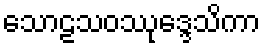
သောဠသဝဿုဒ္ဒေသိကာ